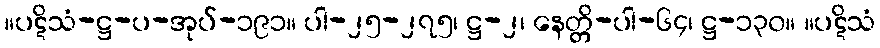
။ပဋိသံ-ဋ္ဌ-ပ-အုပ်-၁၉၁။ ပါ-၂၅-၂၇၅၊ ဋ္ဌ-၂၊ နေတ္တိ-ပါ-၆၄၊ ဋ္ဌ-၁၃၀။ ။ပဋိသံ